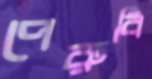
পেরুবি